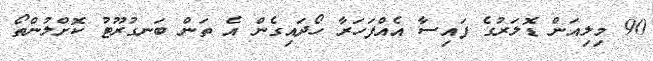
90 މިލިއަން ޑޮލަރުގެ ފައިސާ އެއްފަހަރާ ހޯދައިގެން އެ ތަން ބަނގުރޫޓު ކޮށްލުންތޯ